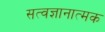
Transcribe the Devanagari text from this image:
सत्वज्ञानात्मक